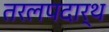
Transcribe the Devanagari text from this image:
तरलपदार्थ